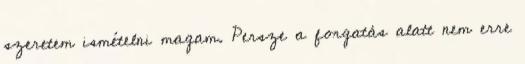
szeretem ismételni magam. Persze a forgatás alatt nem erre